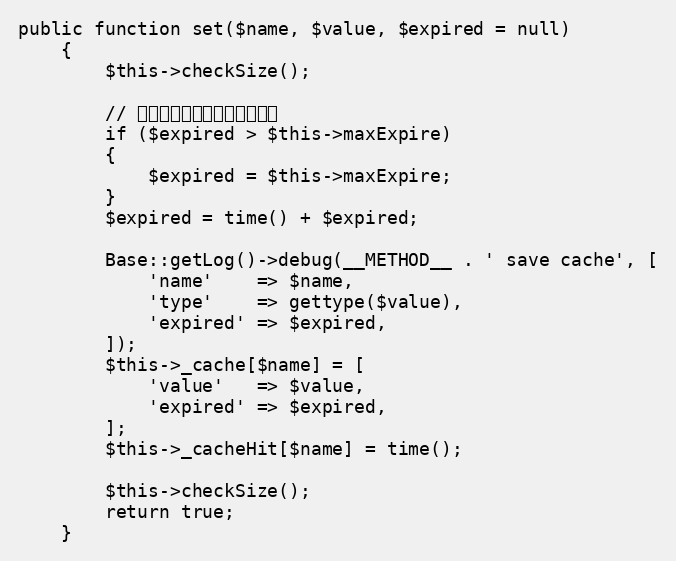
Language: PHP
public function set($name, $value, $expired = null)
    {
        $this->checkSize();

        // 过期时间自动加上当前时间戳
        if ($expired > $this->maxExpire)
        {
            $expired = $this->maxExpire;
        }
        $expired = time() + $expired;

        Base::getLog()->debug(__METHOD__ . ' save cache', [
            'name'    => $name,
            'type'    => gettype($value),
            'expired' => $expired,
        ]);
        $this->_cache[$name] = [
            'value'   => $value,
            'expired' => $expired,
        ];
        $this->_cacheHit[$name] = time();

        $this->checkSize();
        return true;
    }